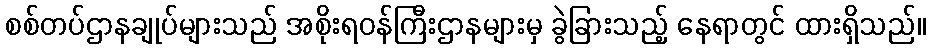
စစ်တပ်ဌာနချုပ်များသည် အစိုးရဝန်ကြီးဌာနများမှ ခွဲခြားသည့် နေရာတွင် ထားရှိသည်။